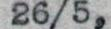
26/5,